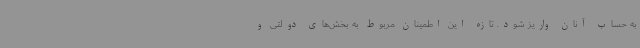
به حساب آنان واریز شود. تازه این اطمینان مربوط به بخش‌های دولتی و